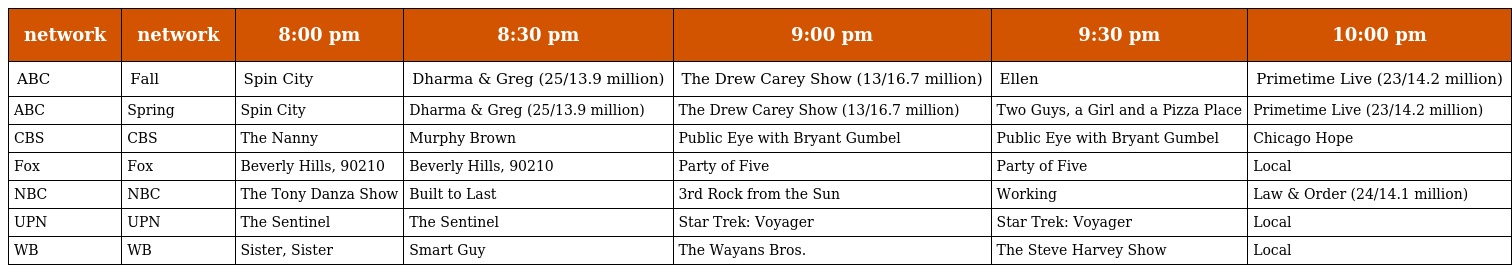
| network | network | 8:00 pm | 8:30 pm | 9:00 pm | 9:30 pm | 10:00 pm |
 | --- | --- | --- | --- | --- | --- | --- |
 | ABC | Fall | Spin City | Dharma & Greg (25/13.9 million) | The Drew Carey Show (13/16.7 million) | Ellen | Primetime Live (23/14.2 million) |
 | ABC | Spring | Spin City | Dharma & Greg (25/13.9 million) | The Drew Carey Show (13/16.7 million) | Two Guys, a Girl and a Pizza Place | Primetime Live (23/14.2 million) |
 | CBS | CBS | The Nanny | Murphy Brown | Public Eye with Bryant Gumbel | Public Eye with Bryant Gumbel | Chicago Hope |
 | Fox | Fox | Beverly Hills, 90210 | Beverly Hills, 90210 | Party of Five | Party of Five | Local |
 | NBC | NBC | The Tony Danza Show | Built to Last | 3rd Rock from the Sun | Working | Law & Order (24/14.1 million) |
 | UPN | UPN | The Sentinel | The Sentinel | Star Trek: Voyager | Star Trek: Voyager | Local |
 | WB | WB | Sister, Sister | Smart Guy | The Wayans Bros. | The Steve Harvey Show | Local |